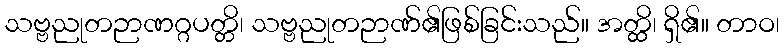
သဗ္ဗညုတဉာဏဂ္ဂပတ္တိ၊ သဗ္ဗညုတဉာဏ်၏ဖြစ်ခြင်းသည်။ အတ္ထိ၊ ရှိ၏။ တာဝ၊